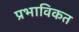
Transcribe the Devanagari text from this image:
प्रभाविकत